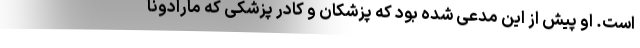
است. او پیش از این مدعی شده بود که پزشکان و کادر پزشکی که مارادونا